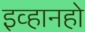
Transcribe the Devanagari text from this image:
इव्हानहो